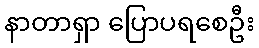
နာတာရှာ ပြောပရစေဦး